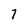
Character: 7